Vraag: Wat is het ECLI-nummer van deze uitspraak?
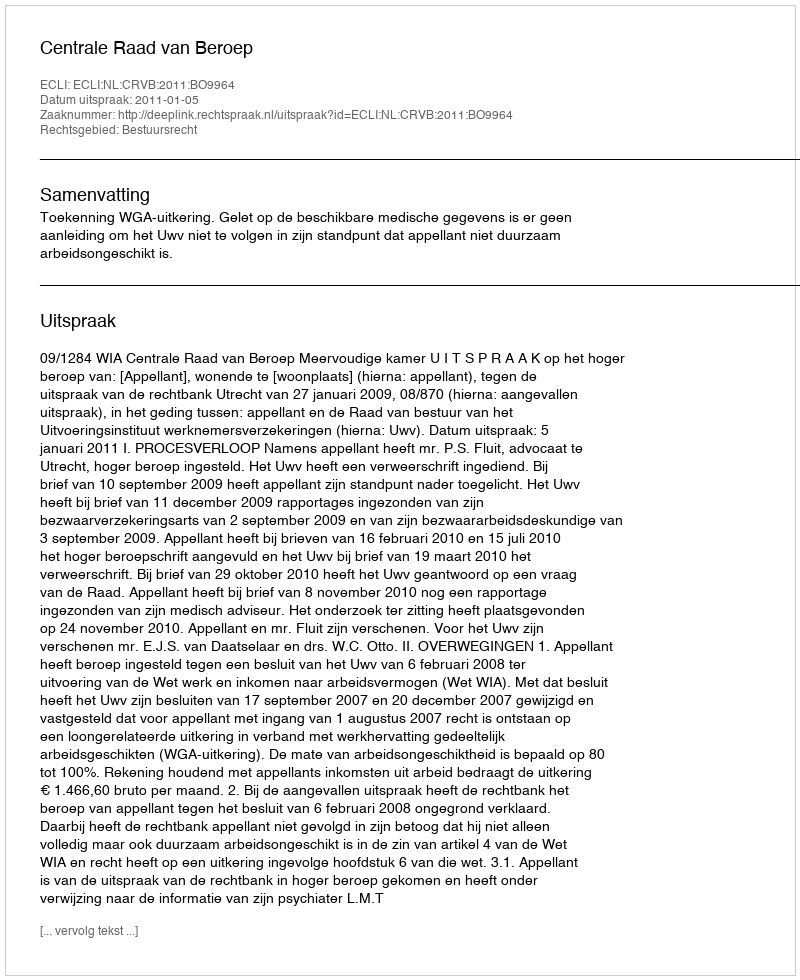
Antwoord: ECLI:NL:CRVB:2011:BO9964